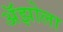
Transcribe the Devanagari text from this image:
अॅझोला